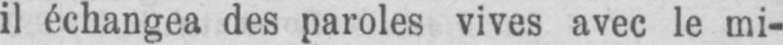
il échangea des paroles vives avec le mi-